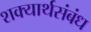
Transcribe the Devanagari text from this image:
शक्यार्थसंबंध